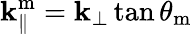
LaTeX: \mathbf{k}_{\parallel}^{\mathrm{{m}}}=\mathbf{k}_{\perp}\tan\theta_{\mathrm{{m}}}